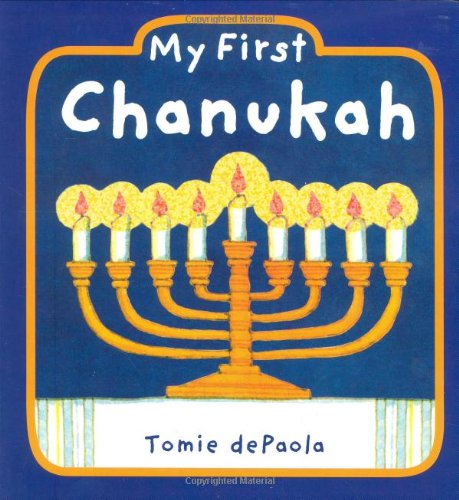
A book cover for My First Chanukah; Children's Books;